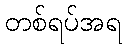
တစ်ရပ်အရ